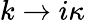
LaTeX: k\rightarrow i\kappa